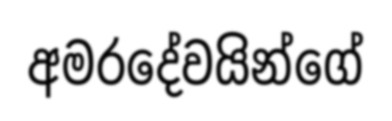
අමරදේවයින්ගේ